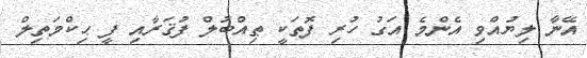
އޭނާ ލިޔުއްވި އެންމެ އަގު ހުރި ފޮތަކީ ޠިއްބުލް ފުޤަރާއި ފީ ޙިކްމަތިލް